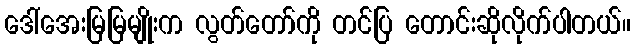
ဒေါ်အေးမြမြမျိုးက လွတ်တော်ကို တင်ပြ တောင်းဆိုလိုက်ပါတယ်။